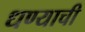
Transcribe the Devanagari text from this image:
धण्याची